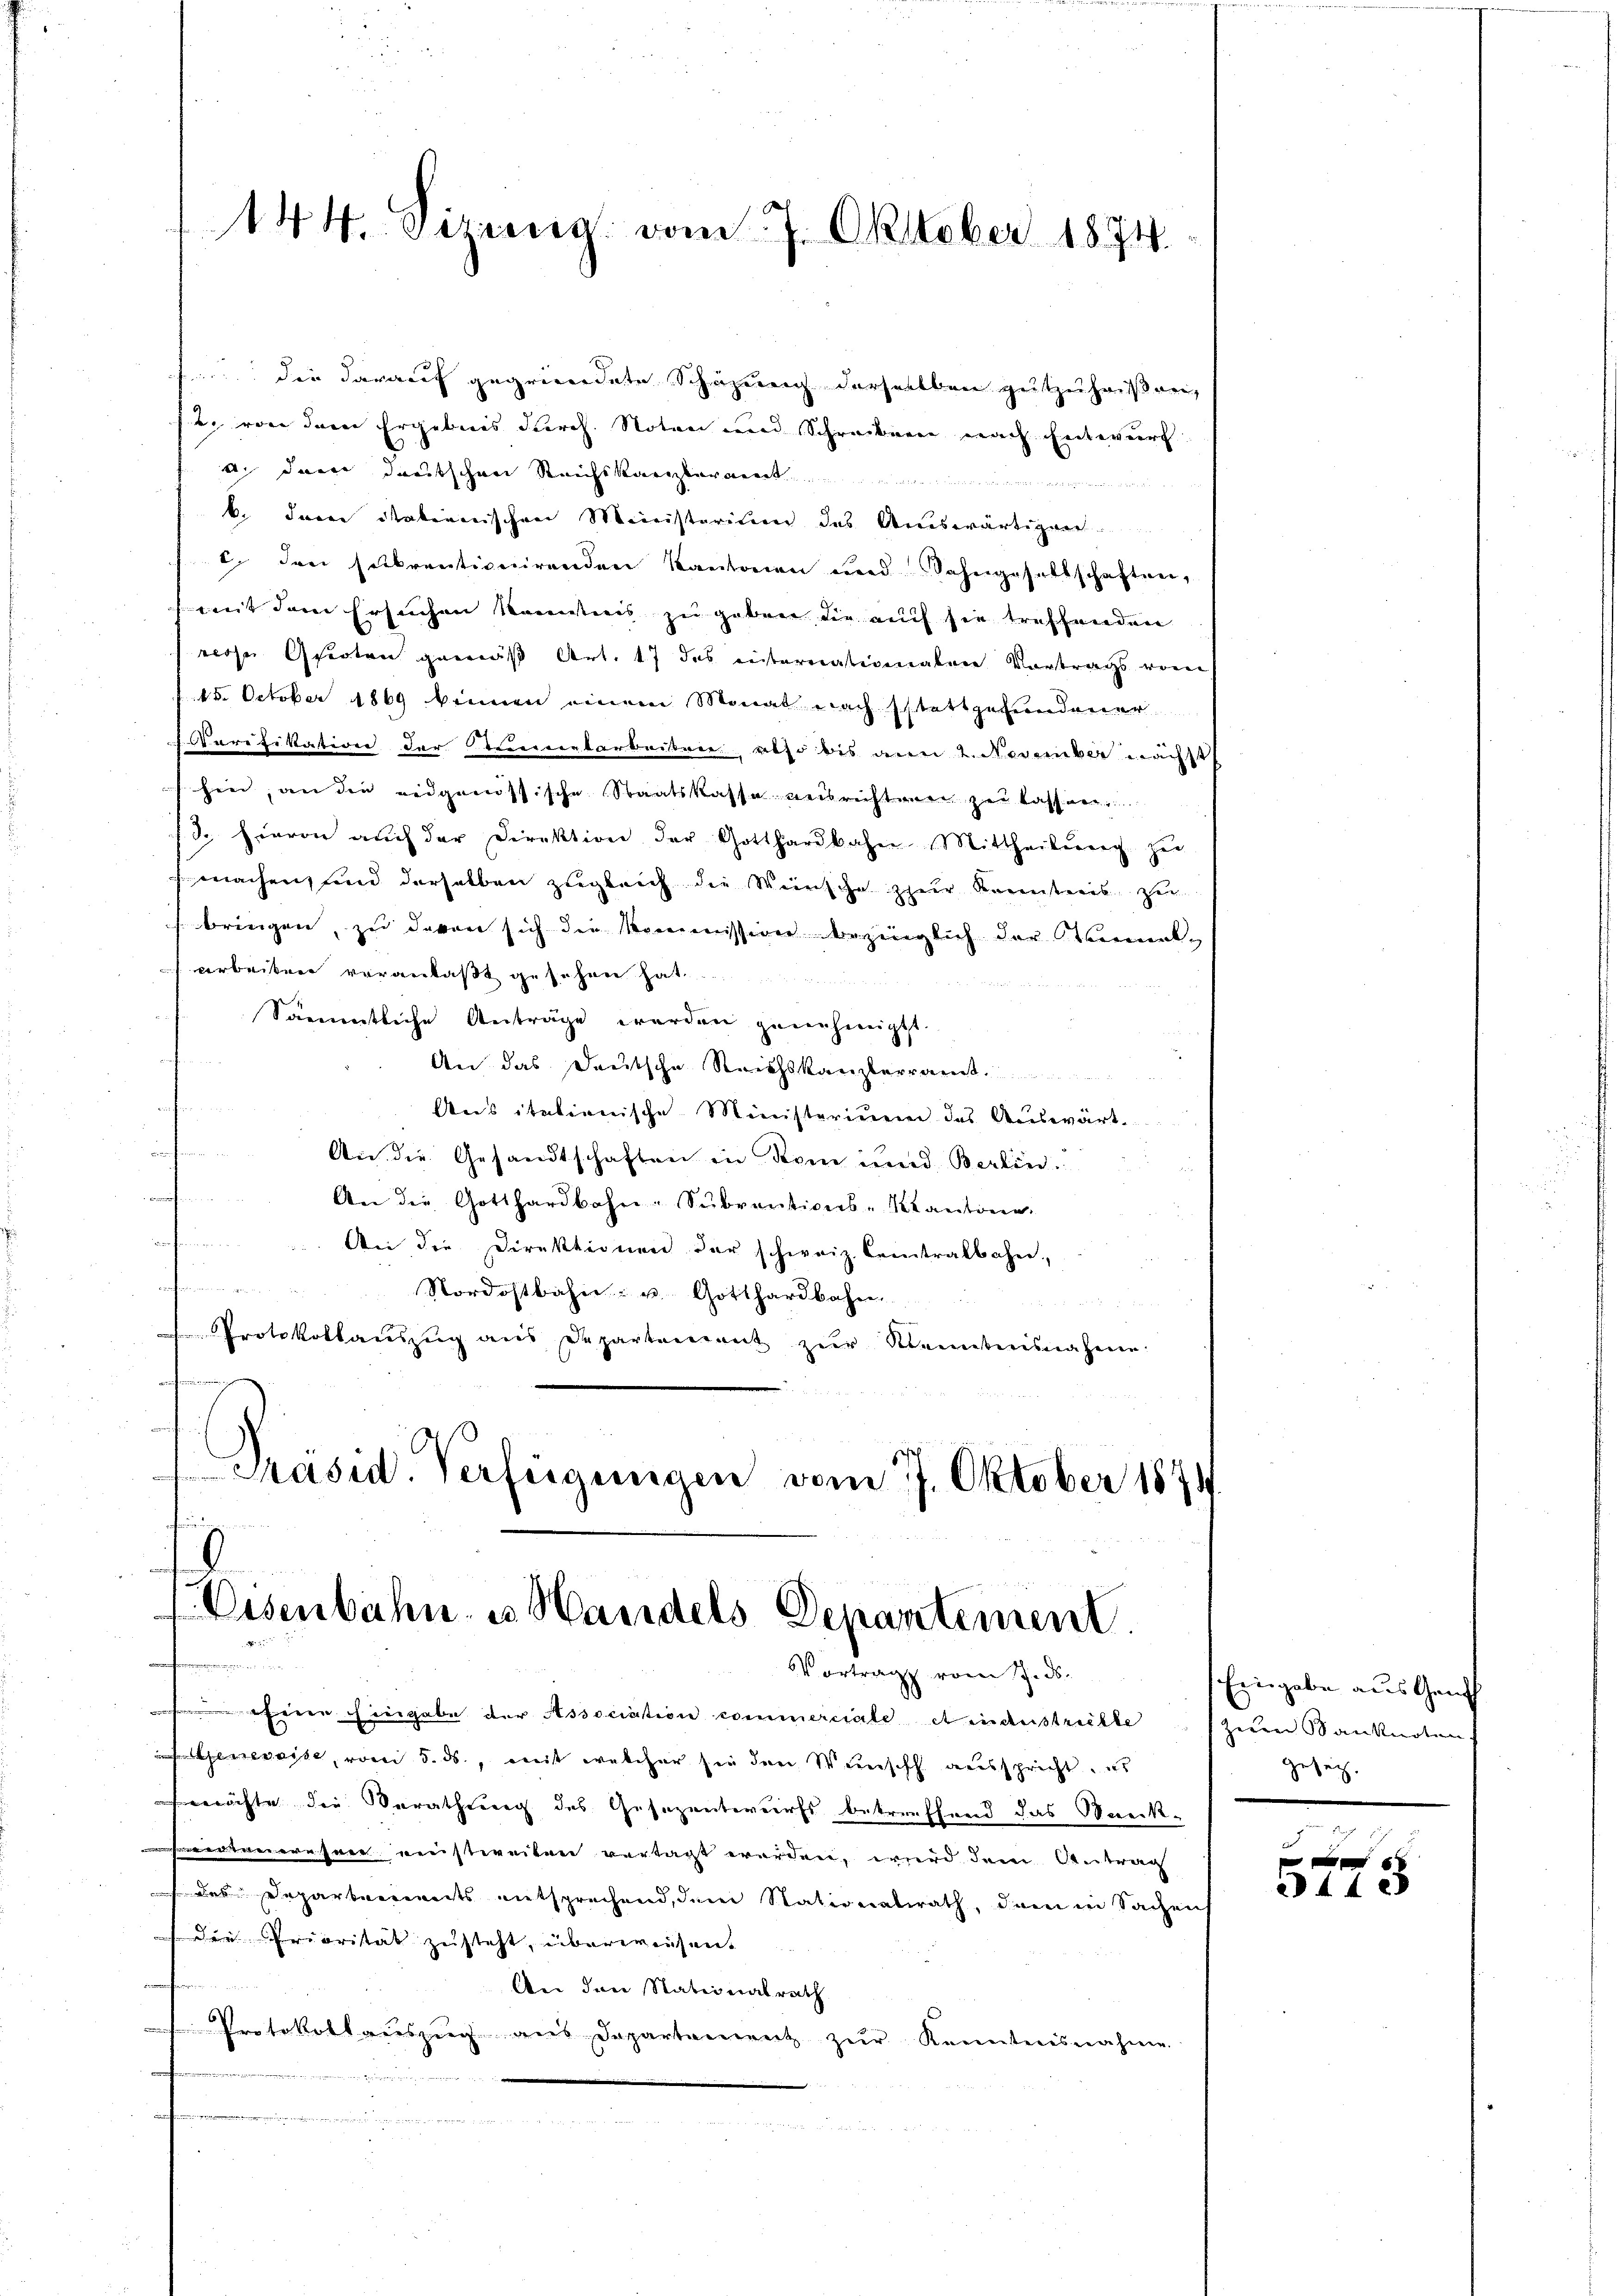
in die darauf gegründete Schazung derselben gutzuheißen,
2. von dem Ergebnis durch Noten und Schreiben nach Entwurf
a. dann deutschen Reichskanzlerrente
k. Jura italienischen Meinisterium das Auswärtigung.
I. den selbrentionirenden Kantonen und Bahngesellschaften,
mit dem Ersuchen kanntnis zu geben die auch sie treffenden
rose Garten gemäß Art. 17 des einternationalere Vortrags vom
15. October 1869 binnen einem Monat nach stattgefundener
arifikation der Stimentarbeiten, also bis aner 2. November nächst
hin, an die eidgenössische Staatskassa reisrichten zur Kassen,
3. Hievon auch der Direktion der Gotthardbahn Mittheilŭng zŭ
machen, und derselben zugleich die Weinsche zur Kreisteres, zu
bringen, zu davon sich die Kommission bezinglich der Kanal-
arbeiten veranlaßt gesehen hat.
Sämmtliche Anträge werden genehmigt.
An das Deutsche Reichskanzlerramt.
Aus italienische Ministerium des Auswärt
An die Gesandtschaften in Rom und Berlin.
An die Gotthardbahn-Sŭbventions-Kantonen
An die Direktionen der schweiz. Centralbahn,
Nordostbahn- u. Gotthardbahn.
Protokollauszug aus Departenant zŭr Kenntnisnahmen.

Eisenbahn- u. Handels Departement
n
Vortrag vom 17. d.

fün

144. Setzung vom 7. Oktober 1874.

Präsid. Verfügungen vom 7. Oktober 1874.

eeren hingabe der Association commerciale et industrichte
enweise, vom 5. ds., mit welcher sie den Wunsch ausspricht, es
möchte die Berathung des Gesezentwurfs betreffend das Streckiotenereser einstweiten vertagt werden, wird dem Antrag
des Departerrierts entsprechend, dem Stationalrath, dem in Sachen
 der Priorität zusteht, überwiesen.
An den Nationalrath
Protokollauszug aus Departement zŭr Kenntnisnahme

Eingabe aus Genf
Herrn Sanknoten
gesetz.

x
ad 44 x